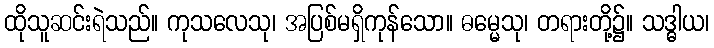
ထိုသူဆင်းရဲသည်။ ကုသလေသု၊ အပြစ်မရှိကုန်သော။ ဓမ္မေသု၊ တရားတို့၌။ သဒ္ဓါယ၊